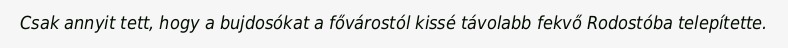
Csak annyit tett, hogy a bujdosókat a fővárostól kissé távolabb fekvő Rodostóba telepítette.